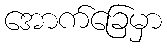
အောက်ခြေမှာ